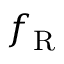
f _ { \mathrm { R } }